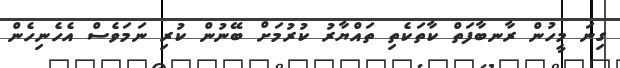
ގިނަ މީހުން ރާނބާފަތް ކާތަކެތި ތައްޔާރު ކުރުމަށް ބޭނުން ކުރި ނަމަވެސް އެހެނިހެން